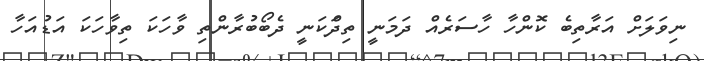
ނިވަލަށް އަރާތިބެ ކޮންހާ ހާސަރެއް ދަމަނީ ތިދަްކަނީ ދެބޯބުރާންތި ވާހަކަ ތިވާހަކަ އަޑުއަހާ